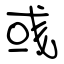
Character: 彧